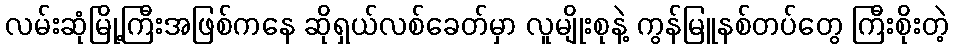
လမ်းဆုံမြို့ကြီးအဖြစ်ကနေ ဆိုရှယ်လစ်ခေတ်မှာ လူမျိုးစုနဲ့ ကွန်မြူနစ်တပ်တွေ ကြီးစိုးတဲ့